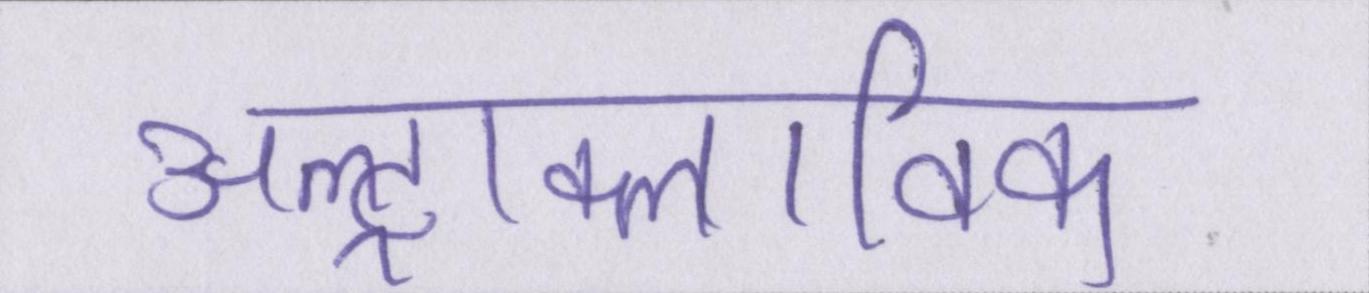
अल्ट्राक्लाविक